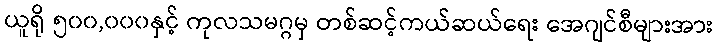
ယူရို ၅၀၀,၀၀၀နှင့် ကုလသမဂ္ဂမှ တစ်ဆင့်ကယ်ဆယ်ရေး အေဂျင်စီများအား